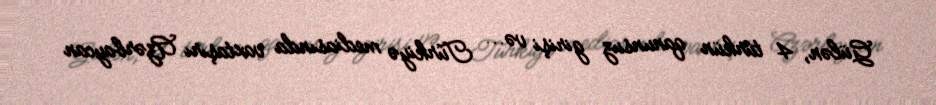
Gülən, 4 türkün qanunsuz girişi və... Türkiyə mediasında vaxtaşırı Azərbaycan